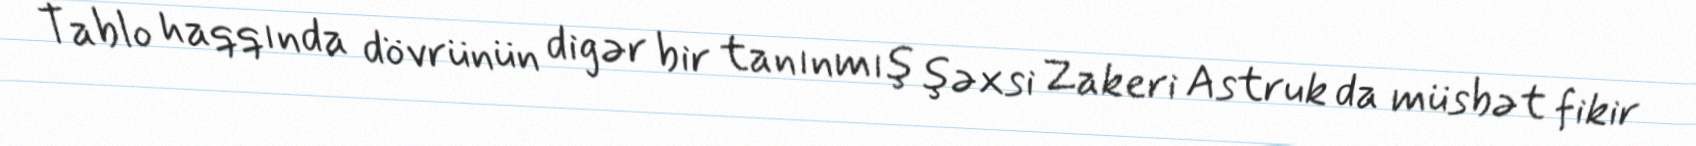
Tablo haqqında dövrünün digər bir tanınmış şəxsi Zakeri Astruk da müsbət fikir